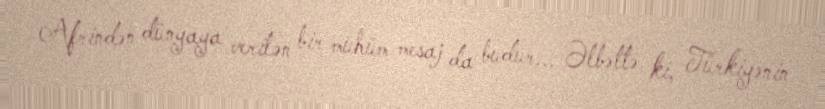
Afrindən dünyaya verilən bir mühüm mesaj da budur... Əlbəttə ki, Türkiyənin